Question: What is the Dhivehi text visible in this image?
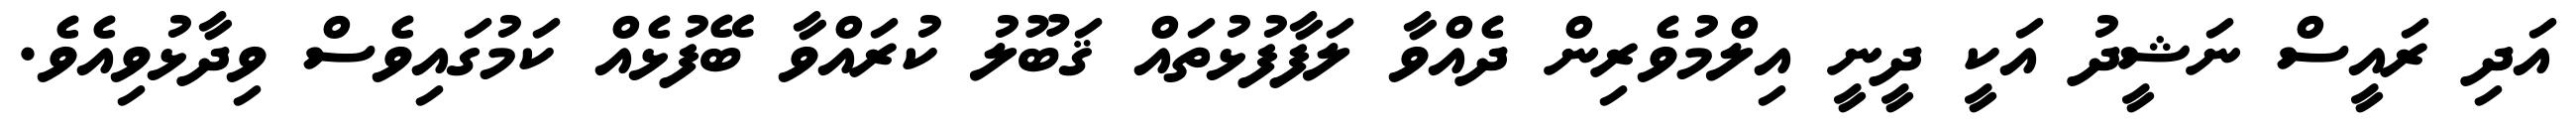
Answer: އަދި ރައީސް ނަޝީދު އަކީ ދީނީ އިލްމުވެރިން ދެއްވާ ލަފާފުޅުތައް ޤަބޫލު ކުރައްވާ ބޭފުޅެއް ކަމުގައިވެސް ވިދާޅުވިއެވެ.